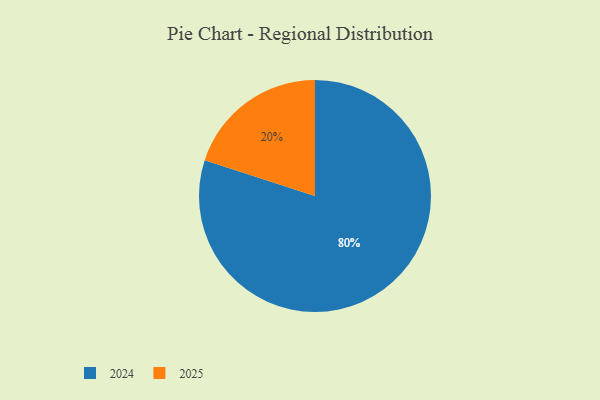
{"axis": {"x": "Category", "y": "Percentage"}, "legend": ["2024", "2025"], "data": [{"x": "2024", "y": 80, "type": "2024"}, {"x": "2025", "y": 20, "type": "2025"}]}